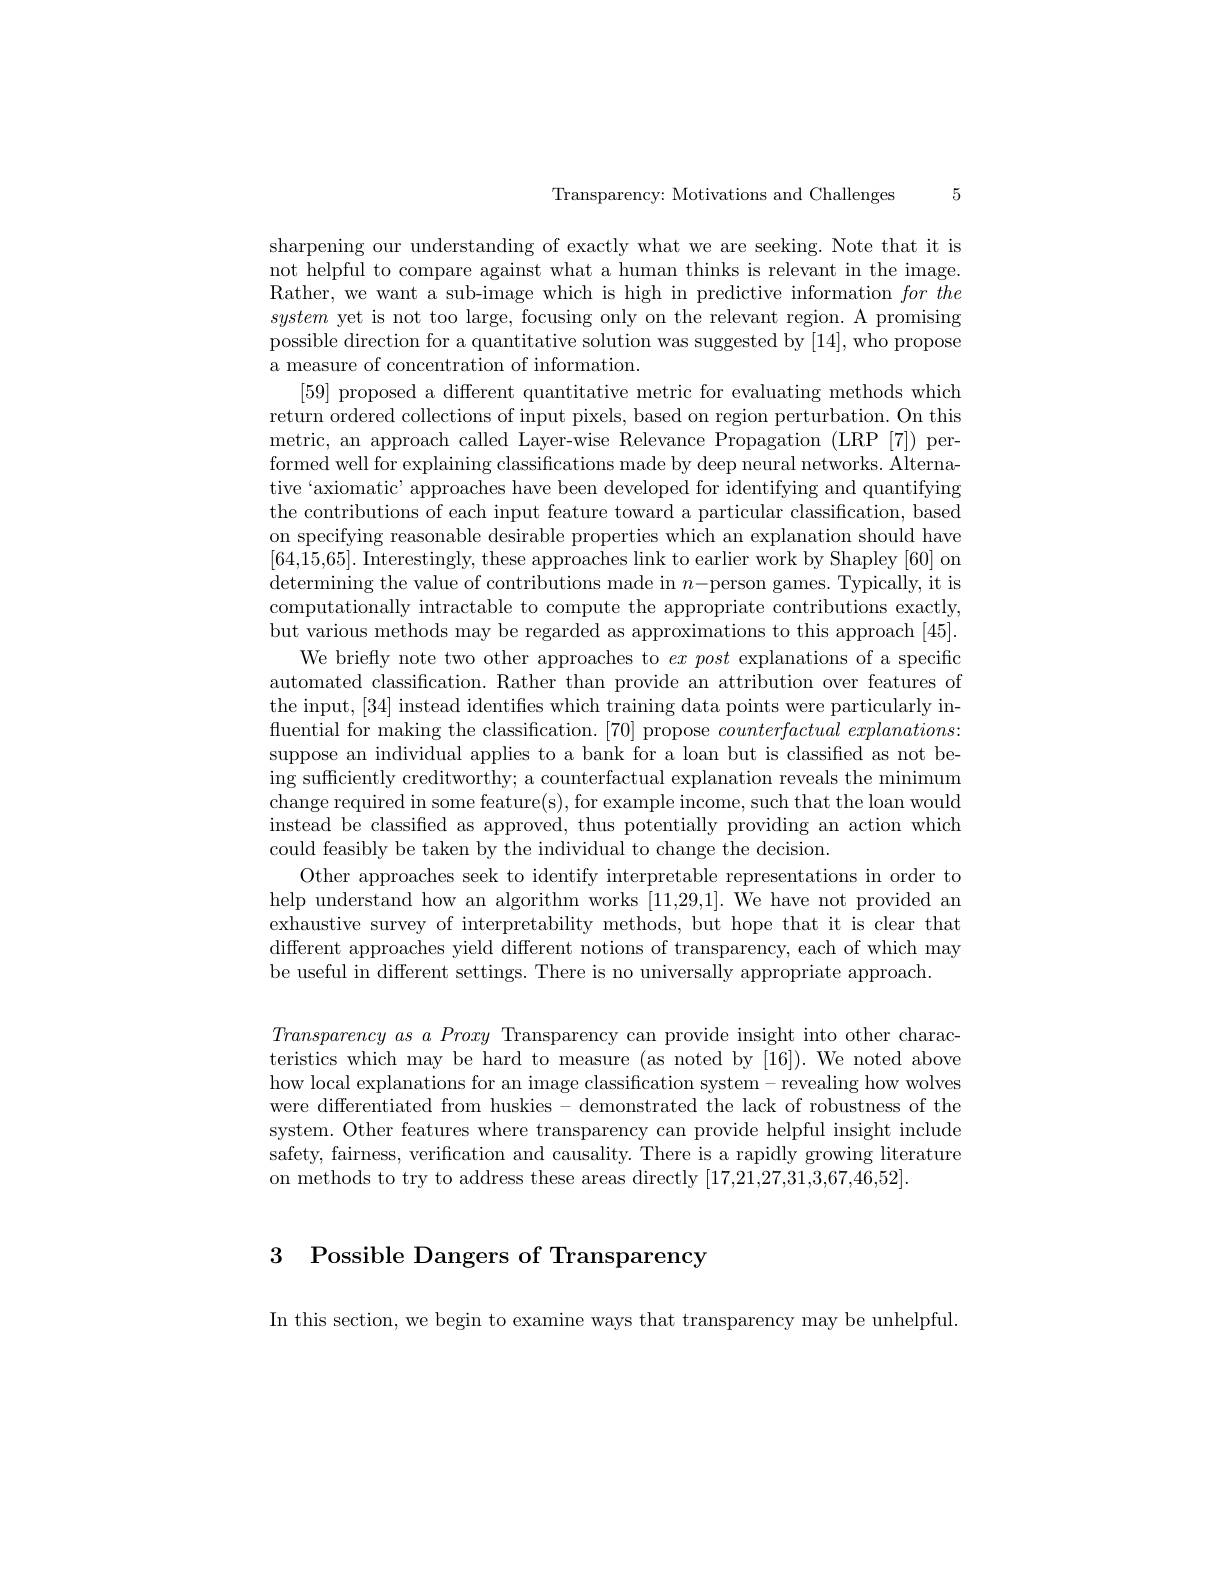
Transparency: Motivations and Challenges

5

sharpening our understanding of exactly what we are seeking. Note that it is not helpful to compare against what a human thinks is relevant in the image. Rather, we want a sub-image which is high in predictive information for the system yet is not too large, focusing only on the relevant region. A promising possible direction for a quantitative solution was suggested by [14], who propose a measure of concentration of information.
[59] proposed a different quantitative metric for evaluating methods which return ordered collections of input pixels, based on region perturbation. On this metric, an approach called Layer-wise Relevance Propagation (LRP [7]) performed well for explaining classifications made by deep neural networks. Alternative‘axiomatic’ approaches have been developed for identifying and quantifying the contributions of each input feature toward a particular classification, based on specifying reasonable desirable properties which an explanation should have [64,15,65]. Interestingly, these approaches link to earlier work by Shapley [60] on determining the value of contributions made in $n-$person games. Typically, it is computationally intractable to compute the appropriate contributions exactly, but various methods may be regarded as approximations to this approach [45].
We briefly note two other approaches to $ex$ post explanations of a specific automated classification. Rather than provide an attribution over features of the input, [34] instead identifies which training data points were particularly influential for making the classification. [70] propose $counterfactual\textit{ explanations: }$ suppose an individual applies to a bank for a loan but is classified as not being sufficiently creditworthy; a counterfactual explanation reveals the minimum change required in some feature(s), for example income, such that the loan would instead be classified as approved, thus potentially providing an action which could feasibly be taken by the individual to change the decision.
Other approaches seek to identify interpretable representations in order to help understand how an algorithm works [11,29,1]. We have not provided an exhaustive survey of interpretability methods, but hope that it is clear that different approaches yield different notions of transparency, each of which may be useful in different settings. There is no universally appropriate approach.

$Transparency~as~a~Proxy~$Transparency can provide insight into other characteristics which may be hard to measure (as noted by [16]). We noted above how local explanations for an image classification system- revealing how wolves were differentiated from huskies - demonstrated the lack of robustness of the system. Other features where transparency can provide helpful insight include safety, fairness, verification and causality. There is a rapidly growing literature on methods to try to address these areas directly [17,21,27,31,3,67,46,52]

3 Possible Dangers of Transparency

In this section, we begin to examine ways that transparency may be unhelpful